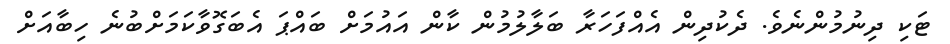
ޓަކި ދިނުމުންނެވެ. ދެކުދިން އެއްފަހަރާ ބަލާލުމުން ކާން އައުމަށް ބައްޕަ އެބަގޮވާކަމަށްބުނެ ހިބާއަށް